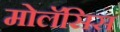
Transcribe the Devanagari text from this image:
मोलॅसिस